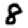
Digit: 8